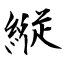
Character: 縦